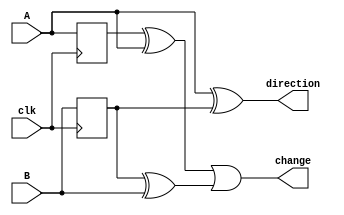
// Encoder/Decoder
// EncoderDecoder.v
// 1/21/16

module EncoderDecoder(
	input clk,
	input A, //quadrature encoder input 1
	input B, //quadrature encoder input 2
	output change, //is there a new pulse
	output direction //are we traveling forward or backwards
	);
	
	reg _A, _B;
	
	assign change = (_A ^ A) | (_B ^ B);
	assign direction = (A ^ _B);
	
	always @ (posedge clk) begin
		_A <= A;
		_B <= B;
	end

endmodule